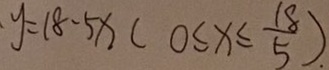
y = 1 8 - 5 x ( 0 \leq x \leq \frac { 1 8 } { 5 } ) .